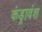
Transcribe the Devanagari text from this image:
कंड्रावंश